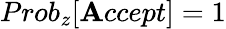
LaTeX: Prob_{z}[\mathbf{A}ccept]=1